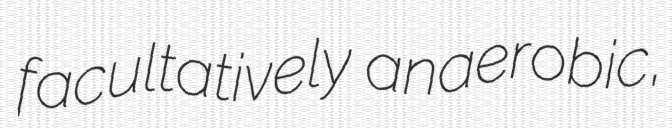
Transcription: facultatively anaerobic,